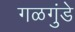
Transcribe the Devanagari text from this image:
गळगुंडे